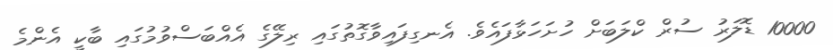
10000 ޑޮލަރު ސުރް ކްލަބަށް ހުށަހަޅާފައެވެ. އެނގިފައިވާގޮތުގައި ރިލޭގެ އެއްބަސްވުމުގައި ބާކީ އެންމެ